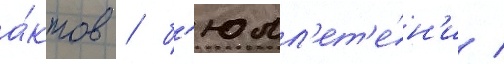
а́ктов / б'юлл'ет'е́н'и /